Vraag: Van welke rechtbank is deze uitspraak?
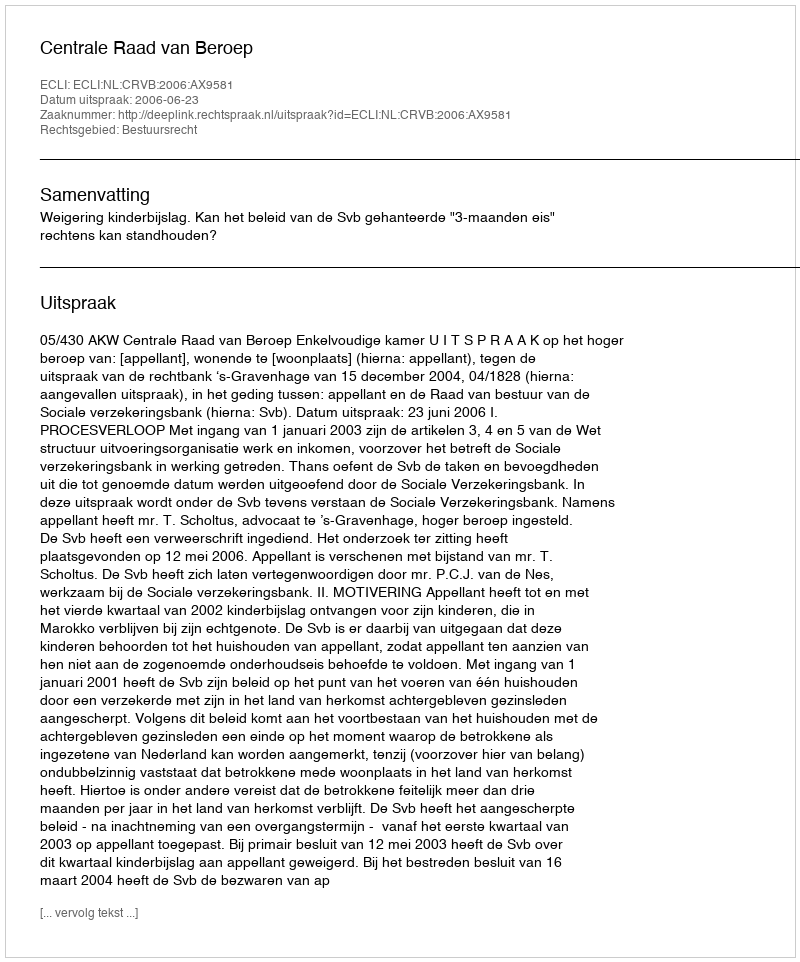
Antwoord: Centrale Raad van Beroep